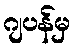
ဂျပန်မှ